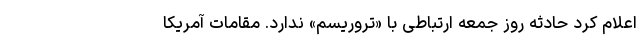
اعلام کرد حادثه روز جمعه ارتباطی با «تروریسم» ندارد. مقامات آمریکا